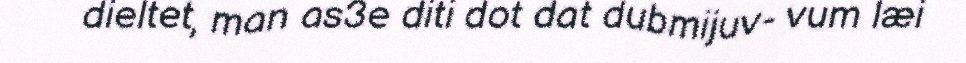
dieltet, man as3e diti dot dat dubmijuv- vum læi